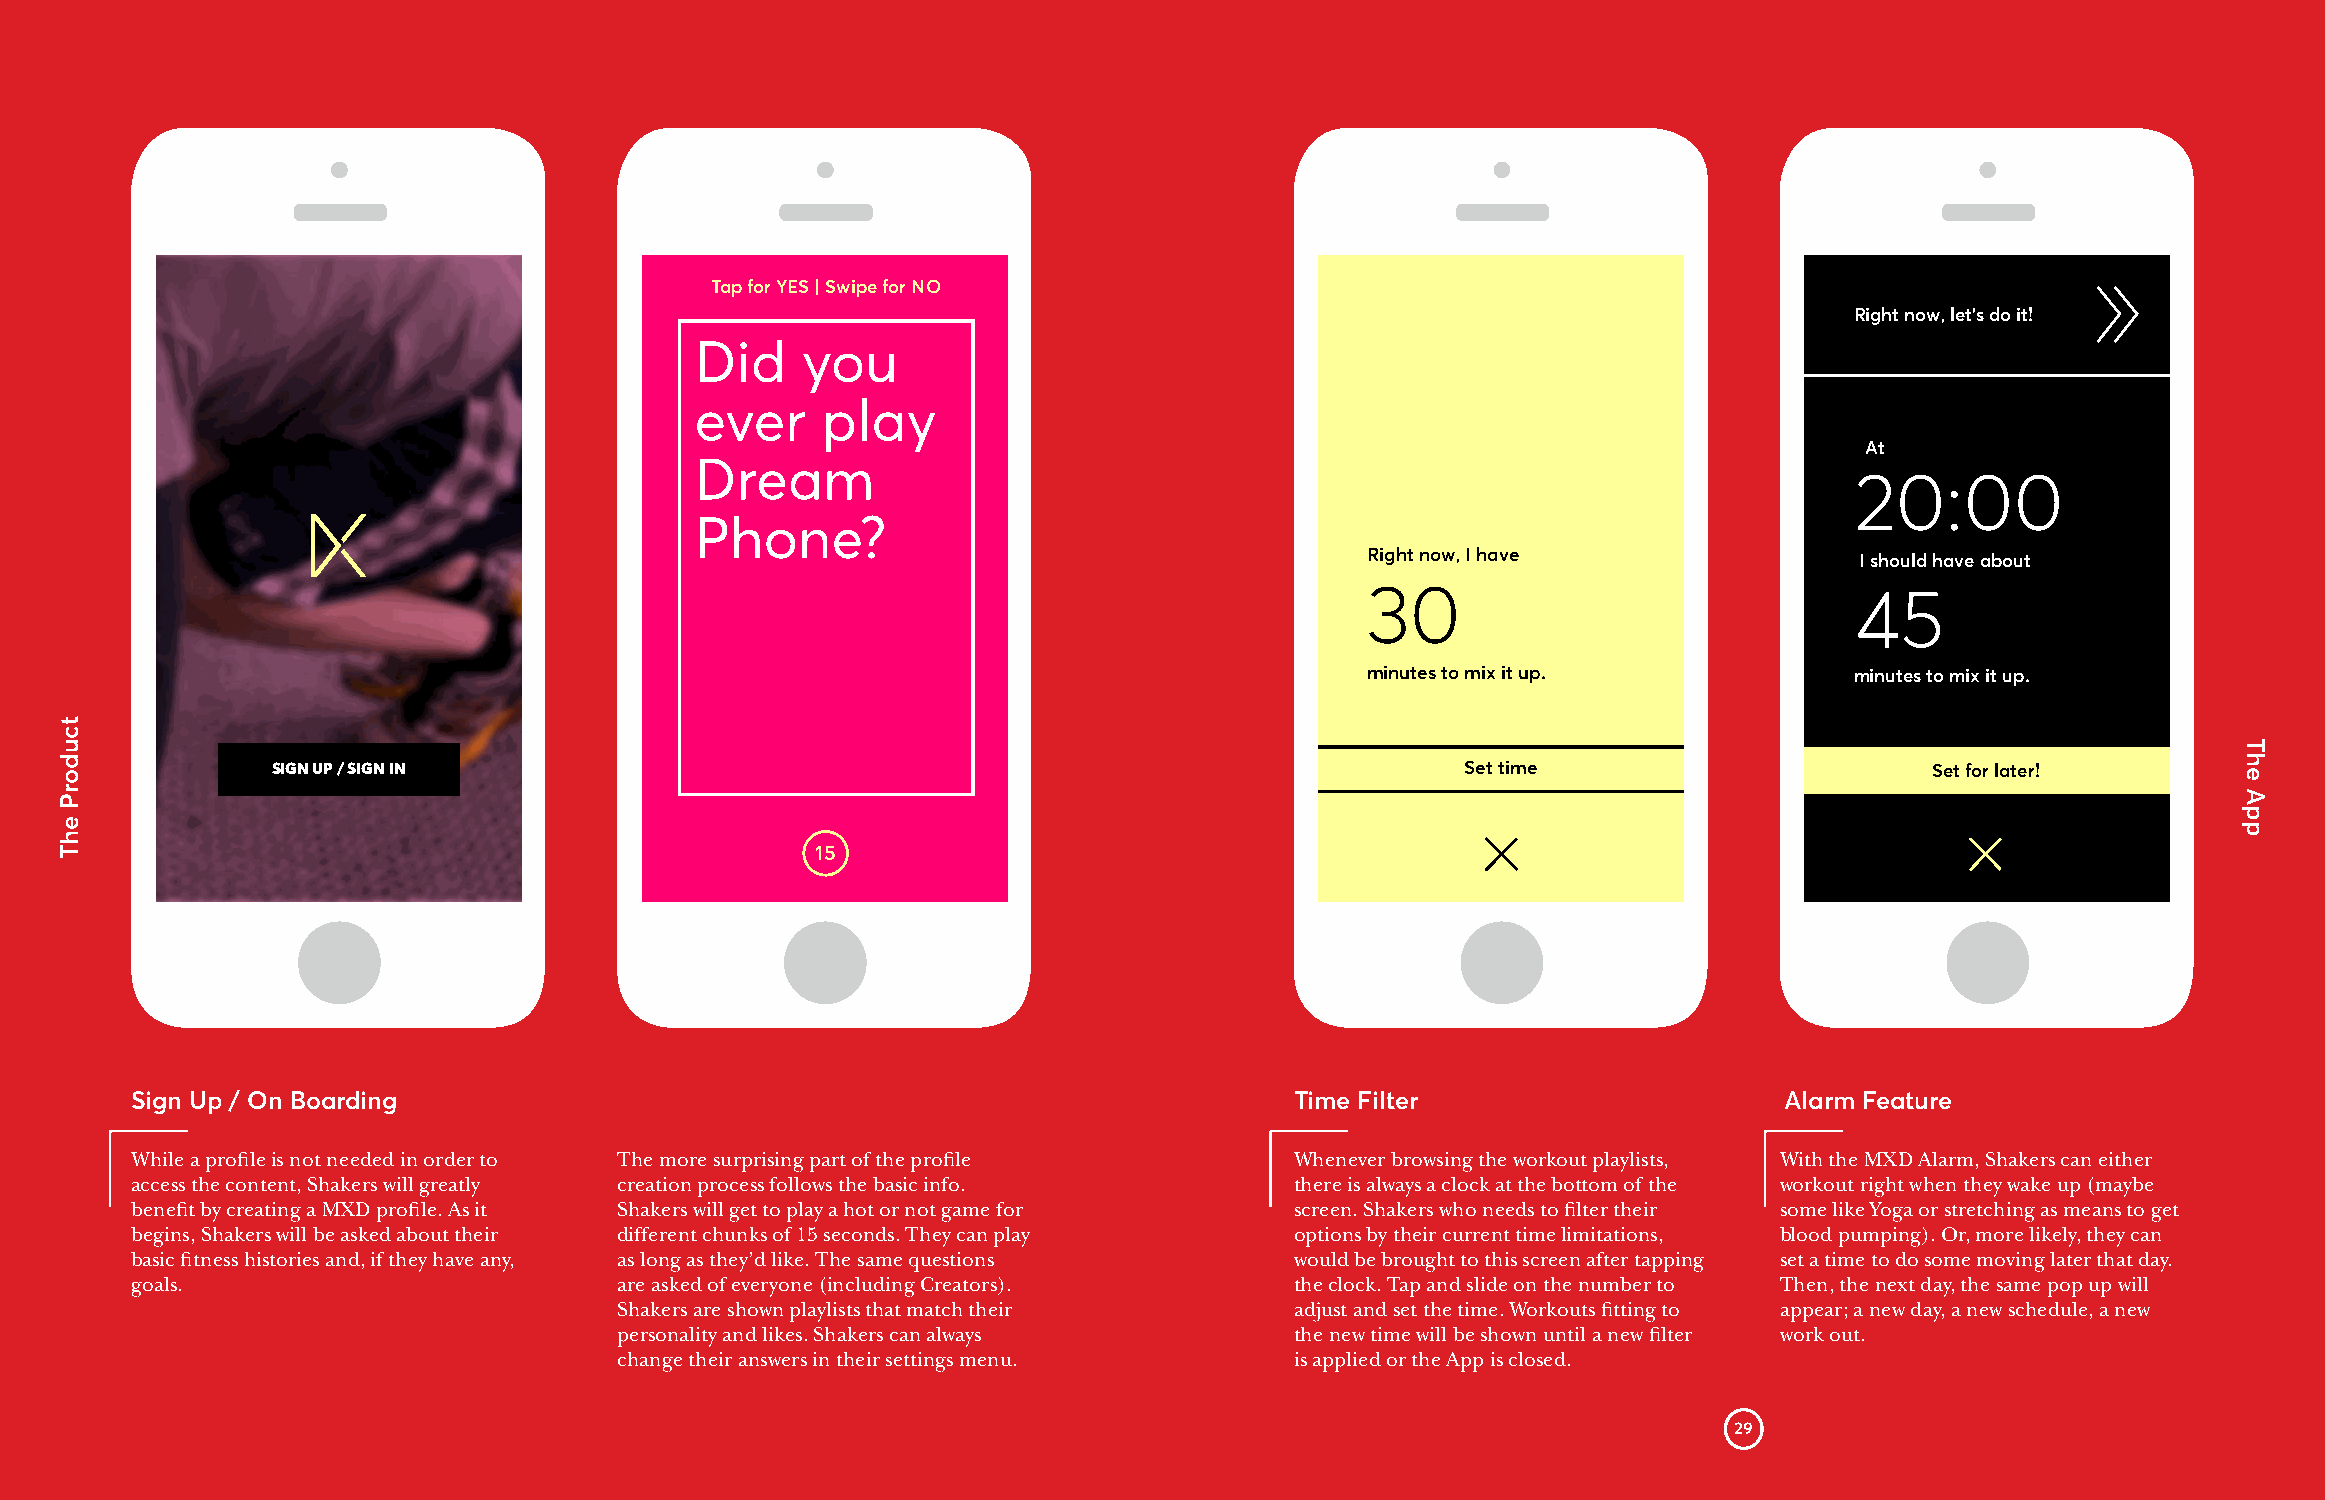
Tap for YES | Swipe for NO
 Right now, let’s do it!
 Did    you
 ever    play
 At
 Dream
 20:00
 Phone?
 Right now, I have
 I should have about
 30                               45
 minutes to mix it up.            minutes to mix it up.
 SIGN UP / SIGN IN                                                              Set time                       Set for later!
 15
 Sign Up / On Boarding                                                        Time Filter                     Alarm Feature
 While a profile is not needed in order to The more surprising part of the profile Whenever browsing the workout playlists, With the MXD Alarm, Shakers can either
 access the content, Shakers will greatly creation process follows the basic info. there is always a clock at the bottom of the workout right when they wake up (maybe
 benefit by creating a MXD profile. As it Shakers will get to play a hot or not game for screen. Shakers who needs to filter their some like Yoga or stretching as means to get
 begins, Shakers will be asked about their different chunks of 15 seconds. They can play options by their current time limitations, blood pumping). Or, more likely, they can
 basic fitness histories and, if they have any, as long as they’d like. The same questions would be brought to this screen after tapping set a time to do some moving later that day.
 goals.                          are asked of everyone (including Creators).  the clock. Tap and slide on the number to Then, the next day, the same pop up will
 Shakers are shown playlists that match their adjust and set the time. Workouts fitting to appear; a new day, a new schedule, a new
 personality and likes. Shakers can always    the new time will be shown until a new filter work out.
 change their answers in their settings menu. is applied or the App is closed.
 29
 tcudorP
 ehT
 The
 App